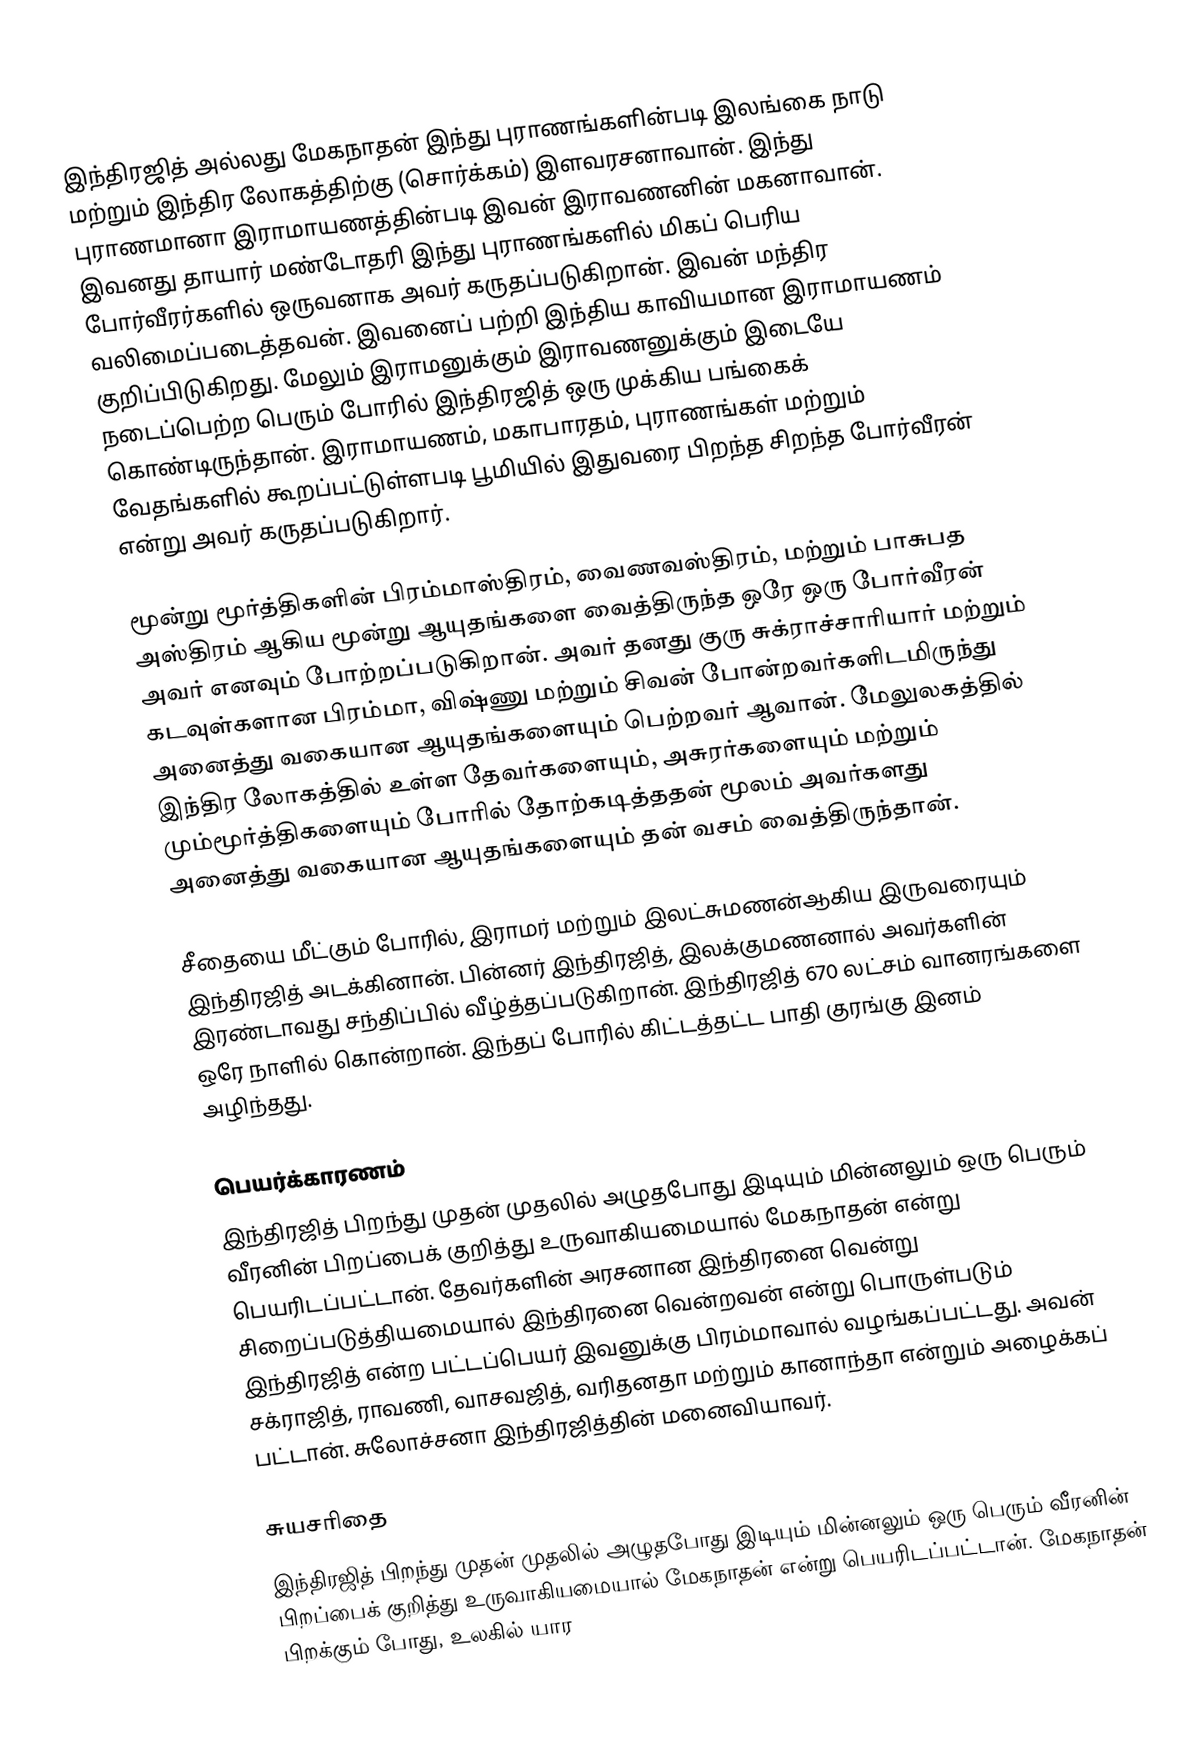
இந்திரஜித் அல்லது மேகநாதன்  இந்து புராணங்களின்படி இலங்கை நாடு மற்றும் இந்திர லோகத்திற்கு (சொர்க்கம்) இளவரசனாவான். இந்து புராணமானா இராமாயணத்தின்படி இவன் இராவணனின் மகனாவான். இவனது தாயார் மண்டோதரி  இந்து புராணங்களில் மிகப் பெரிய போர்வீரர்களில் ஒருவனாக அவர் கருதப்படுகிறான். இவன் மந்திர வலிமைப்படைத்தவன். இவனைப் பற்றி இந்திய காவியமான இராமாயணம் குறிப்பிடுகிறது. மேலும் இராமனுக்கும் இராவணனுக்கும் இடையே நடைப்பெற்ற பெரும் போரில் இந்திரஜித் ஒரு முக்கிய பங்கைக் கொண்டிருந்தான். இராமாயணம், மகாபாரதம், புராணங்கள் மற்றும் வேதங்களில் கூறப்பட்டுள்ளபடி பூமியில் இதுவரை பிறந்த சிறந்த போர்வீரன் என்று அவர் கருதப்படுகிறார்.

மூன்று மூர்த்திகளின் பிரம்மாஸ்திரம், வைணவஸ்திரம், மற்றும் பாசுபத அஸ்திரம் ஆகிய மூன்று ஆயுதங்களை வைத்திருந்த ஒரே ஒரு போர்வீரன் அவர் எனவும் போற்றப்படுகிறான். அவர் தனது குரு சுக்ராச்சாரியார் மற்றும் கடவுள்களான பிரம்மா, விஷ்ணு மற்றும் சிவன் போன்றவர்களிடமிருந்து அனைத்து வகையான ஆயுதங்களையும் பெற்றவர் ஆவான். மேலுலகத்தில் இந்திர லோகத்தில் உள்ள தேவர்களையும், அசுரர்களையும் மற்றும் மும்மூர்த்திகளையும் போரில் தோற்கடித்ததன் மூலம் அவர்களது அனைத்து வகையான ஆயுதங்களையும் தன் வசம் வைத்திருந்தான்.

சீதையை மீட்கும் போரில், இராமர் மற்றும் இலட்சுமணன்ஆகிய இருவரையும் இந்திரஜித் அடக்கினான். பின்னர் இந்திரஜித், இலக்குமணனால் அவர்களின் இரண்டாவது சந்திப்பில் வீழ்த்தப்படுகிறான். இந்திரஜித் 670 லட்சம் வானரங்களை ஒரே நாளில் கொன்றான். இந்தப் போரில் கிட்டத்தட்ட பாதி குரங்கு இனம் அழிந்தது.

பெயர்க்காரணம்
இந்திரஜித் பிறந்து முதன் முதலில் அழுதபோது இடியும் மின்னலும் ஒரு பெரும் வீரனின் பிறப்பைக் குறித்து உருவாகியமையால் மேகநாதன் என்று பெயரிடப்பட்டான். தேவர்களின் அரசனான இந்திரனை வென்று சிறைப்படுத்தியமையால் இந்திரனை வென்றவன் என்று பொருள்படும் இந்திரஜித் என்ற பட்டப்பெயர் இவனுக்கு பிரம்மாவால் வழங்கப்பட்டது. அவன் சக்ராஜித், ராவணி, வாசவஜித், வரிதனதா மற்றும் கானாந்தா என்றும் அழைக்கப் பட்டான். சுலோச்சனா இந்திரஜித்தின் மனைவியாவர்.

சுயசரிதை
இந்திரஜித் பிறந்து முதன் முதலில் அழுதபோது இடியும் மின்னலும் ஒரு பெரும் வீரனின் பிறப்பைக் குறித்து உருவாகியமையால் மேகநாதன் என்று பெயரிடப்பட்டான். மேகநாதன் பிறக்கும் போது, உலகில் யார